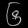
Digit: ၆